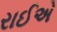
રાઈએ